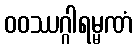
ဝဝဿဂ္ဂါရမ္မဏံ